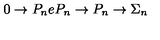
0 \rightarrow P _ { n } e P _ { n } \rightarrow P _ { n } \rightarrow \Sigma _ { n }